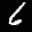
Label: 6